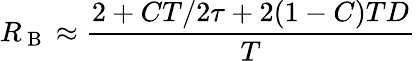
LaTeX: R_{\mathrm{~B~}}\approx\frac{2+CT/2\tau+2(1-C)TD}{T}